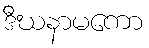
ဒီဃနာမကော